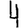
Digit: 4